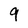
Character: 9